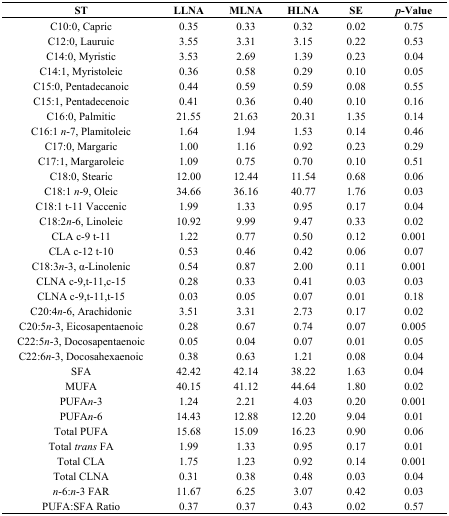
<table><thead><tr><td><b>ST</b></td><td><b>LLNA</b></td><td><b>MLNA</b></td><td><b>HLNA</b></td><td><b>SE</b></td><td><b><i>p</i>-Value</b></td></tr></thead><tbody><tr><td>C10:0, Capric</td><td>0.35</td><td>0.33</td><td>0.32</td><td>0.02</td><td>0.75</td></tr><tr><td>C12:0, Lauruic</td><td>3.55</td><td>3.31</td><td>3.15</td><td>0.22</td><td>0.53</td></tr><tr><td>C14:0, Myristic</td><td>3.53</td><td>2.69</td><td>1.39</td><td>0.23</td><td>0.04</td></tr><tr><td>C14:1, Myristoleic</td><td>0.36</td><td>0.58</td><td>0.29</td><td>0.10</td><td>0.05</td></tr><tr><td>C15:0, Pentadecanoic</td><td>0.44</td><td>0.59</td><td>0.59</td><td>0.08</td><td>0.55</td></tr><tr><td>C15:1, Pentadecenoic</td><td>0.41</td><td>0.36</td><td>0.40</td><td>0.10</td><td>0.16</td></tr><tr><td>C16:0, Palmitic</td><td>21.55</td><td>21.63</td><td>20.31</td><td>1.35</td><td>0.14</td></tr><tr><td>C16:1<i>n</i>-7, Plamitoleic</td><td>1.64</td><td>1.94</td><td>1.53</td><td>0.14</td><td>0.46</td></tr><tr><td>C17:0, Margaric</td><td>1.00</td><td>1.16</td><td>0.92</td><td>0.23</td><td>0.29</td></tr><tr><td>C17:1, Margaroleic</td><td>1.09</td><td>0.75</td><td>0.70</td><td>0.10</td><td>0.51</td></tr><tr><td>C18:0, Stearic</td><td>12.00</td><td>12.44</td><td>11.54</td><td>0.68</td><td>0.06</td></tr><tr><td>C18:1<i>n</i>-9, Oleic</td><td>34.66</td><td>36.16</td><td>40.77</td><td>1.76</td><td>0.03</td></tr><tr><td>C18:1 t<i>-</i>11 Vaccenic</td><td>1.99</td><td>1.33</td><td>0.95</td><td>0.17</td><td>0.04</td></tr><tr><td>C18:2<i>n</i>-6, Linoleic</td><td>10.92</td><td>9.99</td><td>9.47</td><td>0.33</td><td>0.02</td></tr><tr><td>CLA c-9 t-11</td><td>1.22</td><td>0.77</td><td>0.50</td><td>0.12</td><td>0.001</td></tr><tr><td>CLA c-12 t<i>-</i>10</td><td>0.53</td><td>0.46</td><td>0.42</td><td>0.06</td><td>0.07</td></tr><tr><td>C18:3<i>n</i>-3, α-Linolenic</td><td>0.54</td><td>0.87</td><td>2.00</td><td>0.11</td><td>0.001</td></tr><tr><td>CLNA c-9,t-11,c-15</td><td>0.28</td><td>0.33</td><td>0.41</td><td>0.03</td><td>0.03</td></tr><tr><td>CLNA c-9,t-11,t-15</td><td>0.03</td><td>0.05</td><td>0.07</td><td>0.01</td><td>0.18</td></tr><tr><td>C20:4<i>n</i>-6, Arachidonic</td><td>3.51</td><td>3.31</td><td>2.73</td><td>0.17</td><td>0.02</td></tr><tr><td>C20:5<i>n</i>-3, Eicosapentaenoic</td><td>0.28</td><td>0.67</td><td>0.74</td><td>0.07</td><td>0.005</td></tr><tr><td>C22:5<i>n</i>-3, Docosapentaenoic</td><td>0.05</td><td>0.04</td><td>0.07</td><td>0.01</td><td>0.05</td></tr><tr><td>C22:6<i>n</i>-3, Docosahexaenoic</td><td>0.38</td><td>0.63</td><td>1.21</td><td>0.08</td><td>0.04</td></tr><tr><td>SFA</td><td>42.42</td><td>42.14</td><td>38.22</td><td>1.63</td><td>0.04</td></tr><tr><td>MUFA</td><td>40.15</td><td>41.12</td><td>44.64</td><td>1.80</td><td>0.02</td></tr><tr><td>PUFA<i>n</i>-3</td><td>1.24</td><td>2.21</td><td>4.03</td><td>0.20</td><td>0.001</td></tr><tr><td>PUFA<i>n</i>-6</td><td>14.43</td><td>12.88</td><td>12.20</td><td>9.04</td><td>0.01</td></tr><tr><td>Total PUFA</td><td>15.68</td><td>15.09</td><td>16.23</td><td>0.90</td><td>0.06</td></tr><tr><td>Total <i>trans</i> FA</td><td>1.99</td><td>1.33</td><td>0.95</td><td>0.17</td><td>0.01</td></tr><tr><td>Total CLA</td><td>1.75</td><td>1.23</td><td>0.92</td><td>0.14</td><td>0.001</td></tr><tr><td>Total CLNA</td><td>0.31</td><td>0.38</td><td>0.48</td><td>0.03</td><td>0.04</td></tr><tr><td><i>n</i>-6:<i>n</i>-3 FAR</td><td>11.67</td><td>6.25</td><td>3.07</td><td>0.42</td><td>0.03</td></tr><tr><td>PUFA:SFA Ratio</td><td>0.37</td><td>0.37</td><td>0.43</td><td>0.02</td><td>0.57</td></tr></tbody></table>